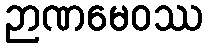
ဉာဏမေဝဿ